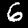
Label: 6